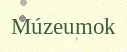
Múzeumok